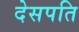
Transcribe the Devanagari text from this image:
देसपति